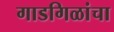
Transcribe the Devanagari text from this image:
गाडगिळांचा